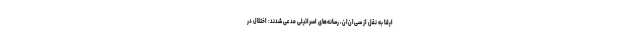
ایلنا به نقل از سی‌ان‌ان، رسانه‌های اسرائیلی مدعی شدند: اختلال در